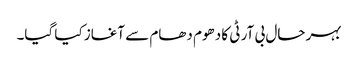
بہر حال بی آر ٹی کا دھوم دھام سے آغاز کیا گیا۔